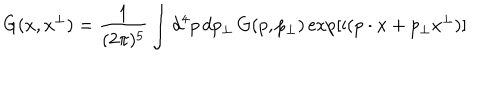
G ( x , x ^ { \perp } ) = \frac { 1 } { ( 2 \pi ) ^ { 5 } } \int d ^ { 4 } p \, d p _ { \perp } \, G ( p , p _ { \perp } ) \exp [ \mathrm { i } ( p \cdot x + p _ { \perp } x ^ { \perp } ) ]